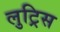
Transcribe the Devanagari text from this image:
लुट्रिस